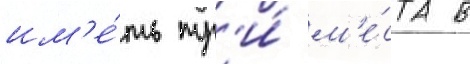
им'е́ть тр'и́ м'е́ста в